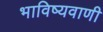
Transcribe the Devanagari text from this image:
भाविष्यवाणी